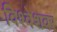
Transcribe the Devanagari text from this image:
विश्वेशवर